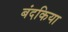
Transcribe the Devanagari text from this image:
बंदकिया